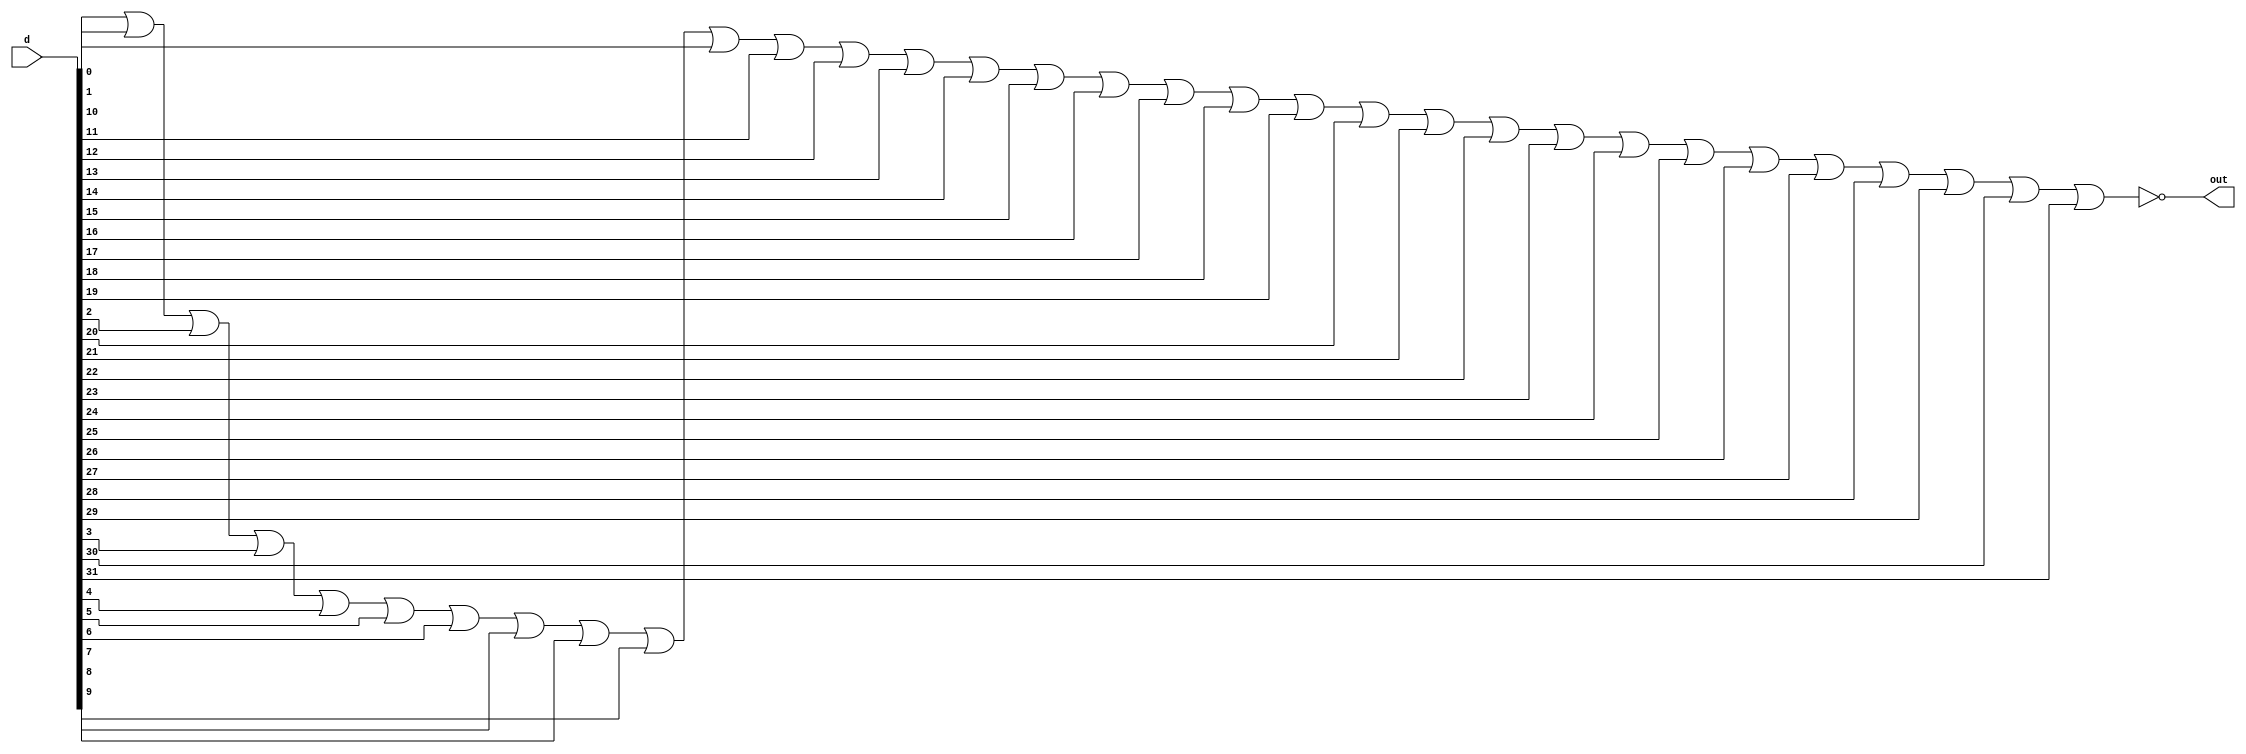
module isZero(out,d);
	input[31:0] d; //data
	output out;
	
	nor _bigNOR(out,d[0],d[1],d[2],d[3],d[4],d[5],d[6],d[7],d[8],d[9],d[10],d[11],d[12],d[13],d[14],d[15],d[16],d[17],d[18],d[19],d[20],d[21],d[22],d[23],d[24],d[25],d[26],d[27],d[28],d[29],d[30],d[31]);
	
endmodule